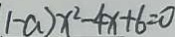
1 - a ) x ^ { 2 } - 4 x + 6 = 0